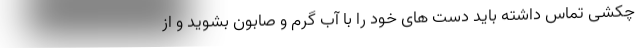
چکشی تماس داشته باید دست‌ های خود را با آب گرم و صابون بشوید و از